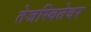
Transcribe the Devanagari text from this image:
तेजस्वितेवर